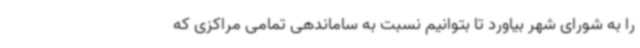
را به شورای شهر بیاورد تا بتوانیم نسبت به ساماندهی تمامی مراکزی که